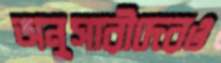
অনুসারীদেরও